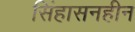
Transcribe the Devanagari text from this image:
सिंहासनहीन